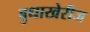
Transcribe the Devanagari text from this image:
बुधाखेरीज